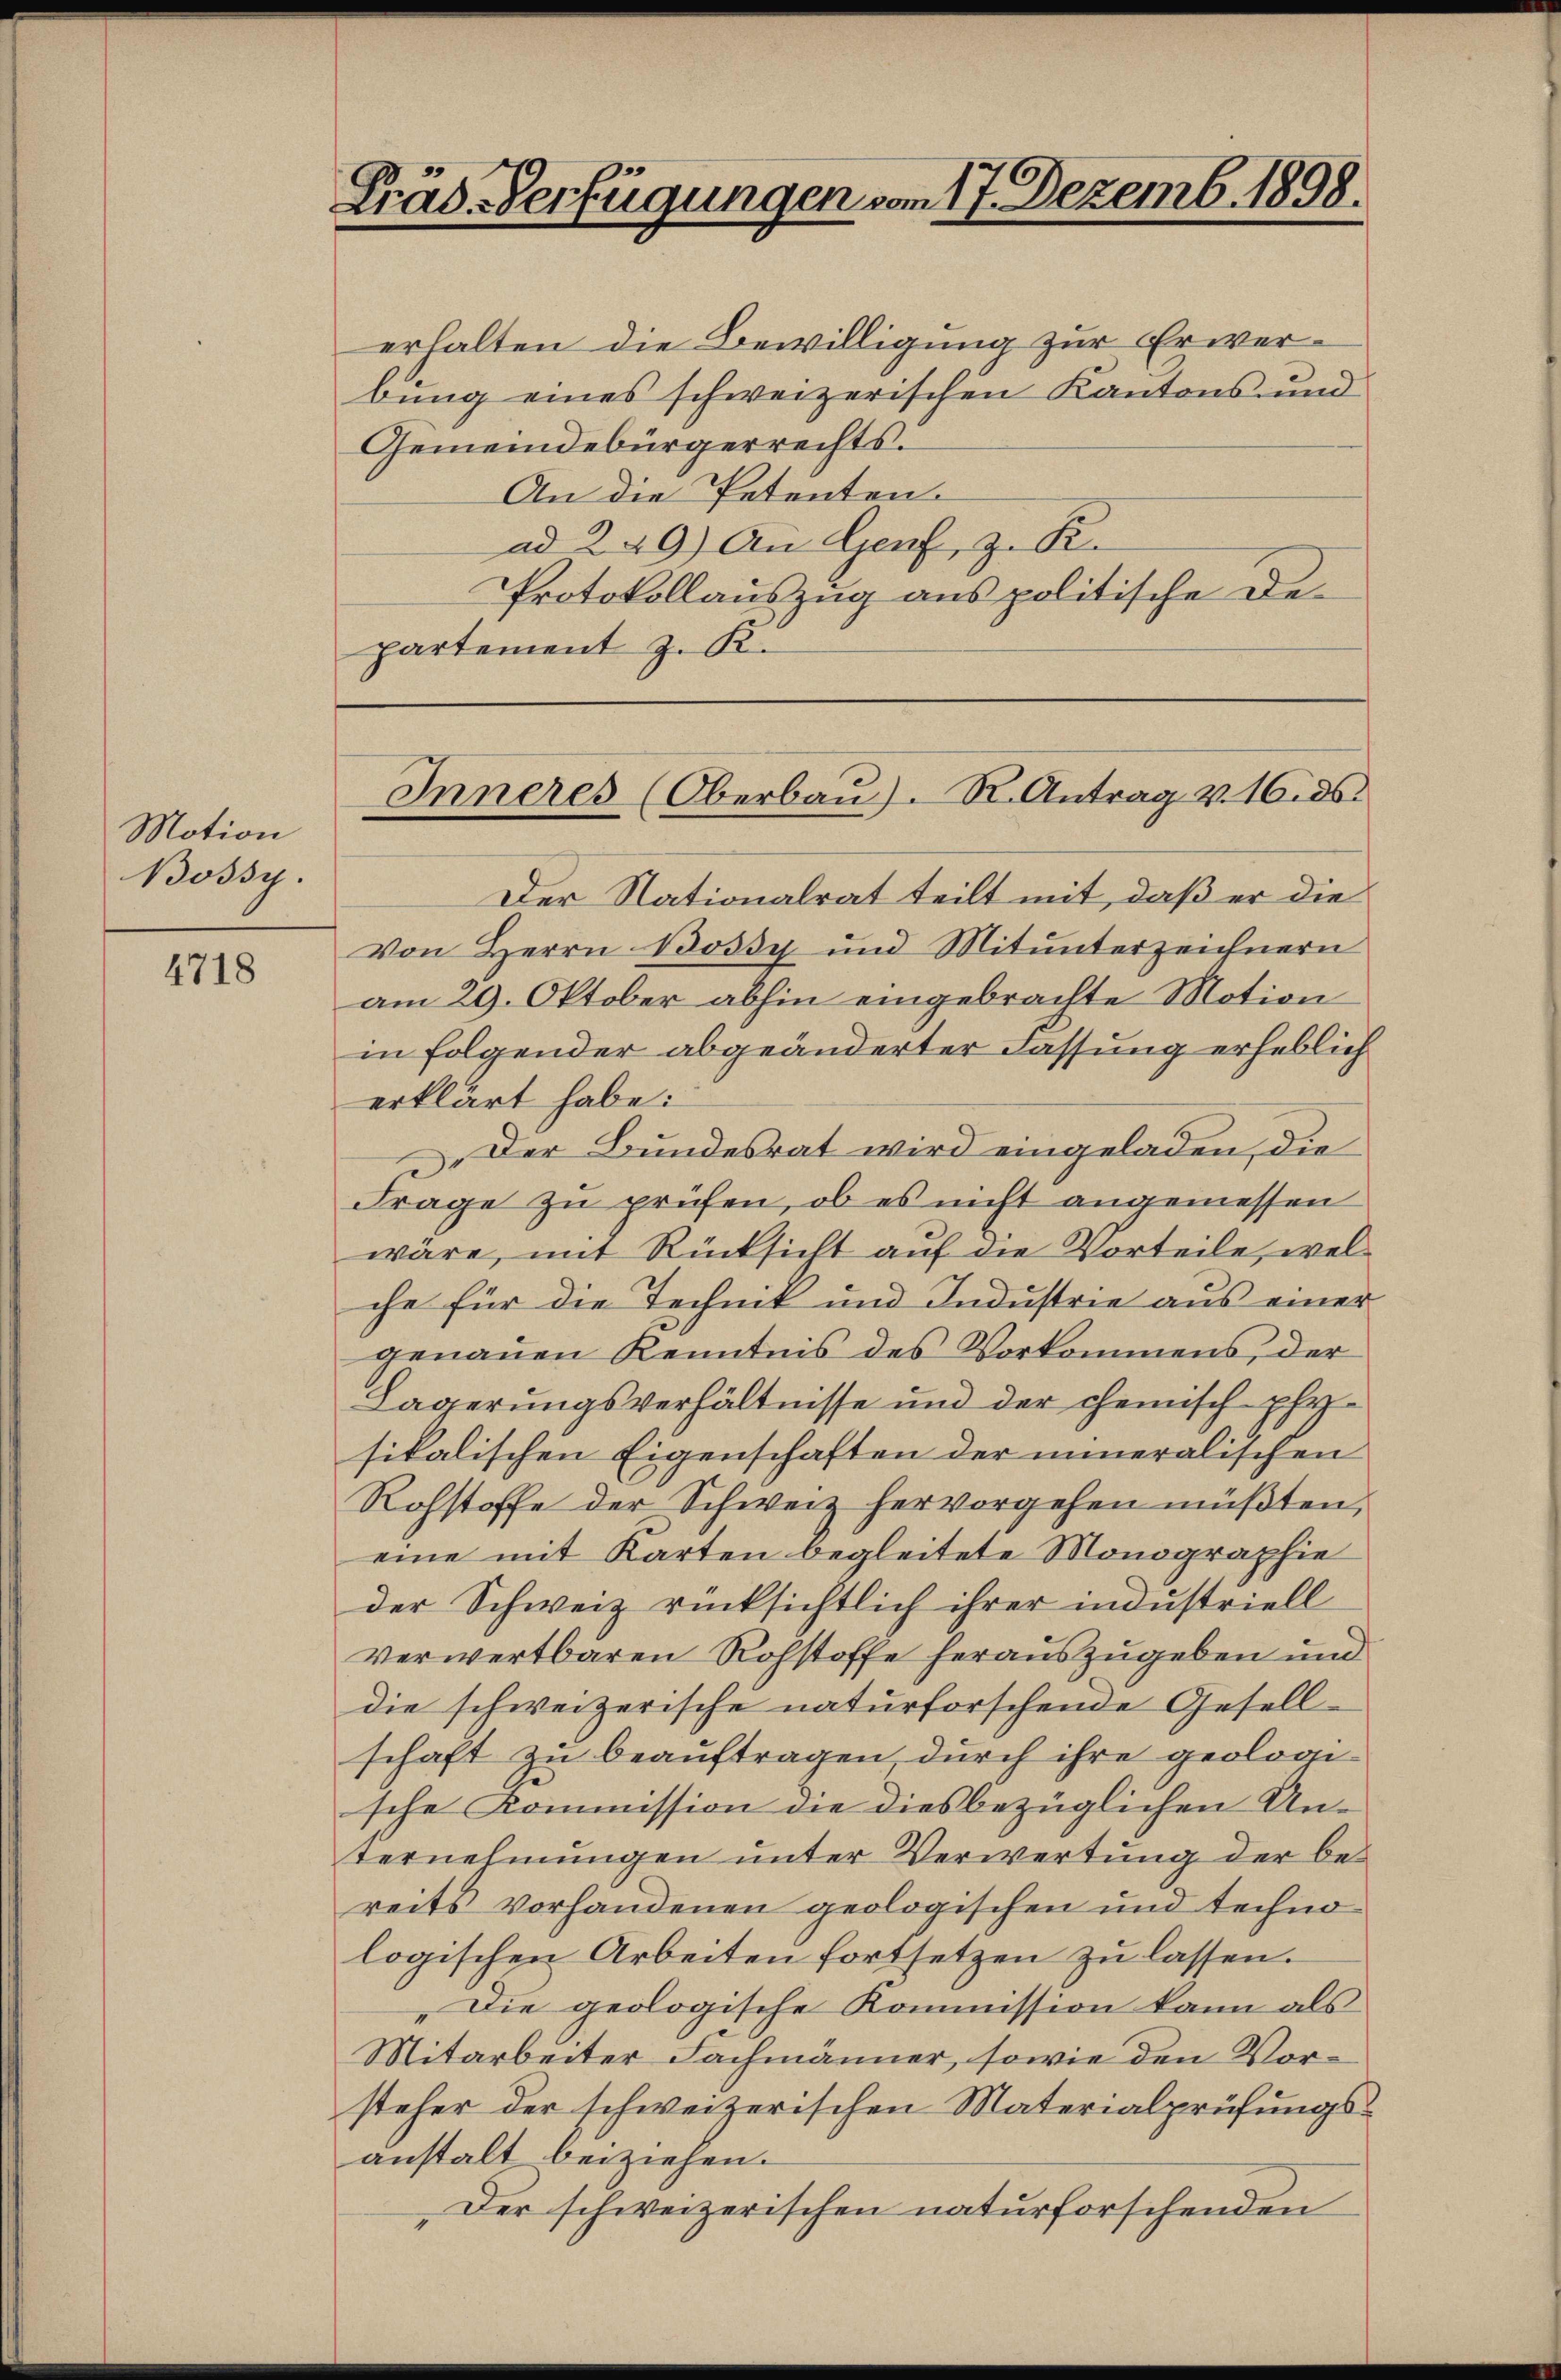
Motion
Bossy.

4718

Präs. Verfügungen vom 17. Dezemb. 1898.

erhalten die Bewilligung zur Erwerbung eines schweizerischen Kantons- und
Gemeindebürgerrechts.
An die Petenten.
ad 249) An Genf, z. K.
Protokollauszug aus politische Departement z. K.

Der Nationalrat teilt mit, daß er die
Von Herrn Bossy und Mitunterzeichnern
am 29. Oktober abhin eingebrachte Motion
in folgender abgeänderter Fassung erheblich
erklärt habe:
Der Bundesrat wird eingeladen, die
Frage zu prüfen, ob es nicht angemessen
wäre, mit Rücksicht auf die Vorteile, welche für die Technik und Industrie aus einer
genauen Kenntnis des Vorkommens, der
Lägerungsverhältnisse und der chemisch-physikalischen Eigenschaften der inneralischen
Rohstoffe der Schweiz hervorgehen müßten,
eine mit Karten begleitete Monographie
der Schweiz rücksichtlich ihrer industriell
verwertbaren Rohstoffe herauszugeben und
die schweizerische naturforschende Gesellschaft zu beauftragen, durch ihre geologische Kommission die diesbezüglichen Unternehmungen unter Verwertung der bereits vorhandenen geologischen und technologischen Arbeiten fortsetzen zu lassen.
„Die geologische Kommission kann als
Mitarbeiter Fachmänner, sowie den Vorsteher der schweizerischen Materialprüfungsanstalt beiziehen.
Der schweizerischen naturforschenden

Inneres (Oberbaŭ). S. Antrag v. 16. ds.